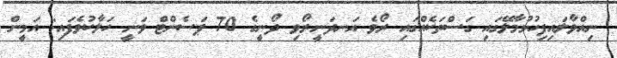
ނިއްވާލައިފިހުޅުމާލޭގައި ގަސްތަކެއްގައި ރޯވެ އަނދަނީރޯވި ދޯނީގެ 70 ޕަސެންޓް ވަނީ ހަލާކުވެފައި: އަމީން